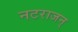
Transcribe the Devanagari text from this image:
नटराजन्‌